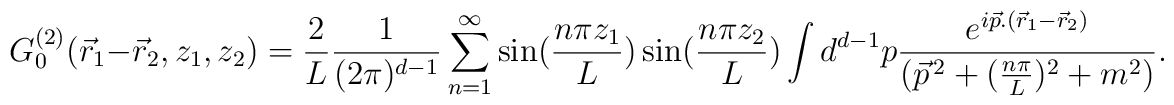
G_{0}^{(2)}(\vec{r}_{1}-\vec{r}_{2},z_{1},z_{2})=\frac{2}{L}\frac{1}{(2\pi)^{d-1}}\sum_{n=1}^{\infty}\sin(\frac{n\pi z_{1}}{L})\sin(\frac{n\pi z_{2}}{L})\int d^{d-1}p\frac{e^{i\vec{p}.(\vec{r}_{1}-\vec{r}_{2})}}{(\vec{p}^{\,2}+(\frac{n\pi}{L})^{2}+m^{2})}.